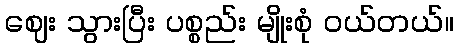
ဈေး သွားပြီး ပစ္စည်း မျိုးစုံ ဝယ်တယ်။